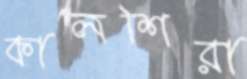
কালশিরা